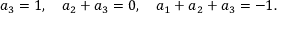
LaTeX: a _ { 3 } = 1 , \quad a _ { 2 } + a _ { 3 } = 0 , \quad a _ { 1 } + a _ { 2 } + a _ { 3 } = - 1 .